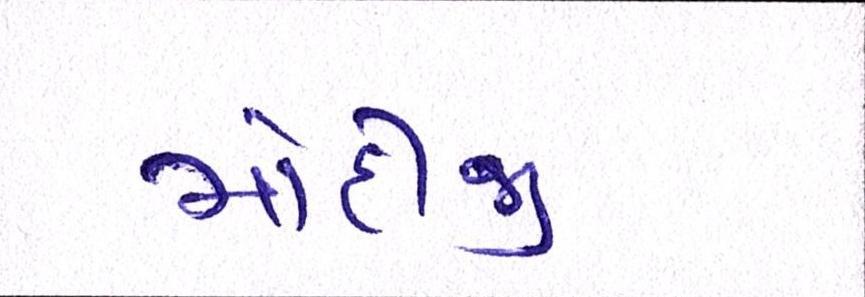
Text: મોદીજી